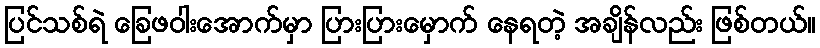
ပြင်သစ်ရဲ ခြေဖဝါးအောက်မှာ ပြားပြားမှောက် နေရတဲ့ အချိန်လည်း ဖြစ်တယ်။